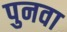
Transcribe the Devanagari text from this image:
पुनवा